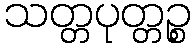
သတ္တပုတ္တဉ္စ